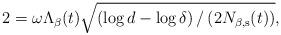
LaTeX: \begin{align*}2 = \omega \Lambda_\beta(t) \sqrt{\left( \log d - \log \delta \right)/\left(2N_{\beta,\rm{s}}(t)\right)},\end{align*}